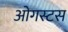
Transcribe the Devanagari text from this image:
ओगस्टस